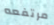
مرتفعه